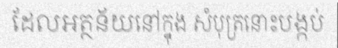
ដែលអត្ថន័យនៅក្នុង សំបុត្រនោះបង្កប់